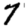
Digit: 7